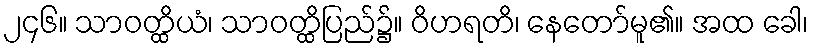
၂၄၆။ သာဝတ္ထိယံ၊ သာဝတ္ထိပြည်၌။ ဝိဟရတိ၊ နေတော်မူ၏။ အထ ခေါ၊